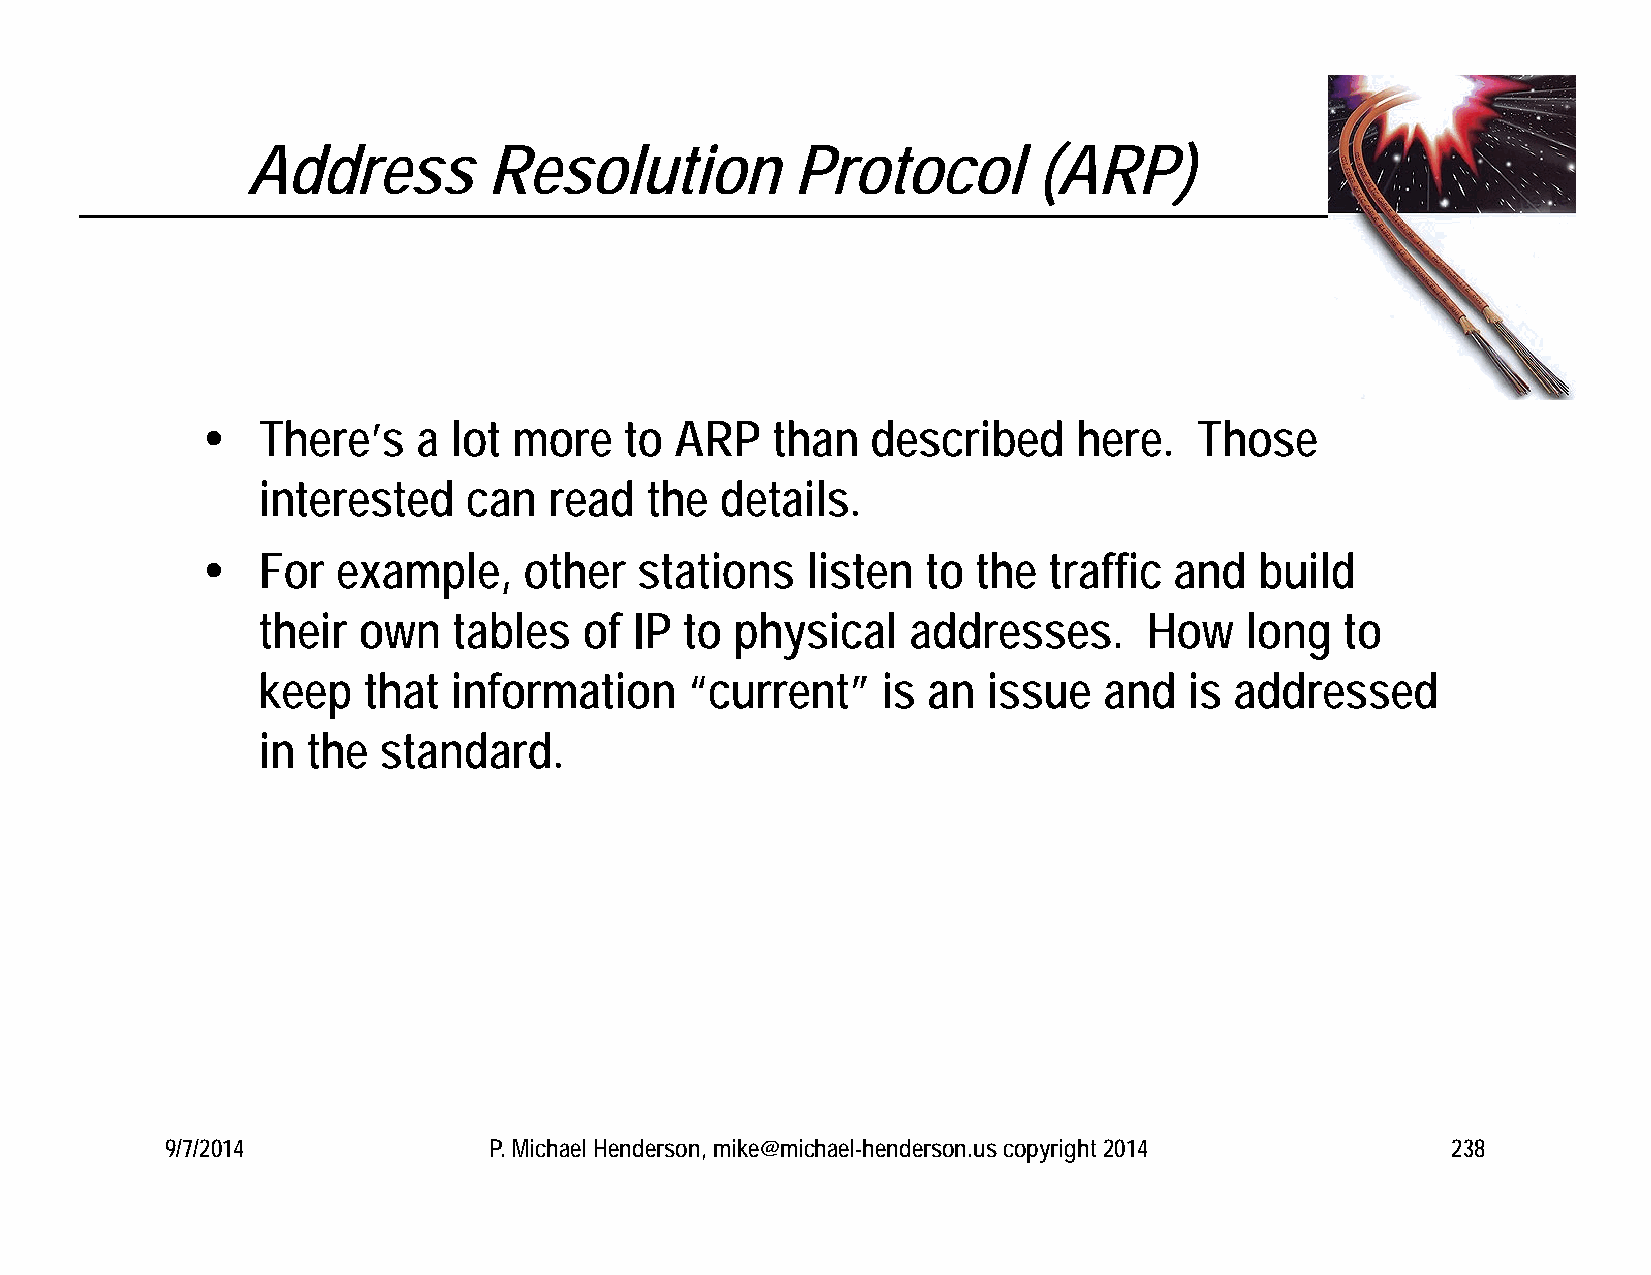
Address         Resolution           Protocol        (ARP)
    There’s    a lot more   to  ARP   than   described    here.   Those
 interested    can  read   the  details.
    For  example,     other  stations   listen  to  the traffic  and  build
 their  own   tables   of IP to  physical   addresses.      How   long   to
 keep   that  information     “current”   is an  issue   and   is addressed
 in the  standard.
 9/7/2014             P. Michael Henderson, mike@michael-henderson.us copyright 2014  238